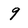
Character: 9